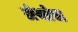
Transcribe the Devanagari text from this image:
ग्रंथांस